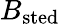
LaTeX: B_{\mathrm{sted}}